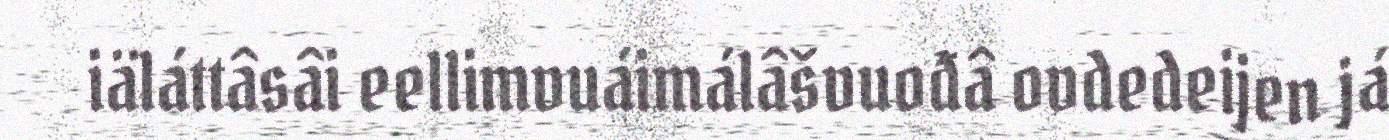
iäláttâsâi eellimvuáimálâšvuođâ ovdedeijen já